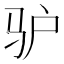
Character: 驴